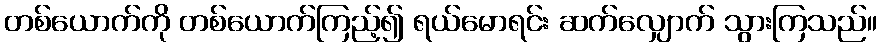
တစ်ယောက်ကို တစ်ယောက်ကြည့်၍ ရယ်မောရင်း ဆက်လျှောက် သွားကြသည်။